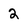
Character: 2